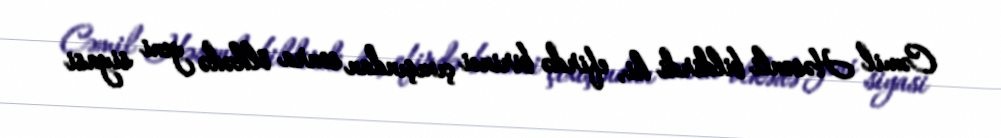
Cəmil Həsənli bildirdi ki, efirdə birinci çıxışından sonra ölkədə yeni siyasi